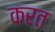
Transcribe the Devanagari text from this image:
करत